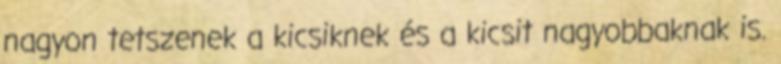
nagyon tetszenek a kicsiknek és a kicsit nagyobbaknak is.